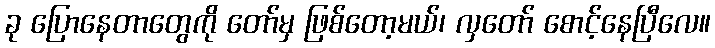
ခု ပြောနေတာတွေကို တော်မှ ဖြစ်တော့မယ်၊ လှတော် စောင့်နေပြီလေ။